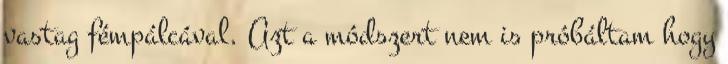
vastag fémpálcával. Azt a módszert nem is próbáltam hogy